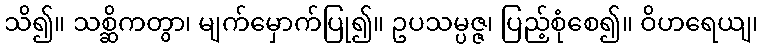
သိ၍။ သစ္ဆိကတွာ၊ မျက်မှောက်ပြု၍။ ဥပသမ္ပဇ္ဇ၊ ပြည့်စုံစေ၍။ ဝိဟရေယျ၊